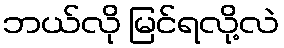
ဘယ်လို မြင်ရလို့လဲ